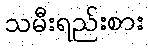
သမီးရည်းစား